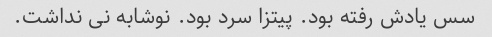
سس یادش رفته بود. پیتزا سرد بود. نوشابه نی نداشت.